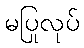
မပြုလုပ်